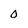
Character: 0